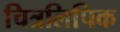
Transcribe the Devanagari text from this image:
चित्रलिपिक